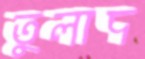
তুলাদ